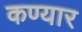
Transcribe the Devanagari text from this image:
कण्यार